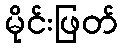
မိုင်းဖြတ်